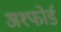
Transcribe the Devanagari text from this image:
अश्फोर्ड